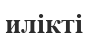
илікті